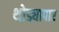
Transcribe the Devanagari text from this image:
थोड्यापार